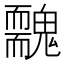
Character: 䰭